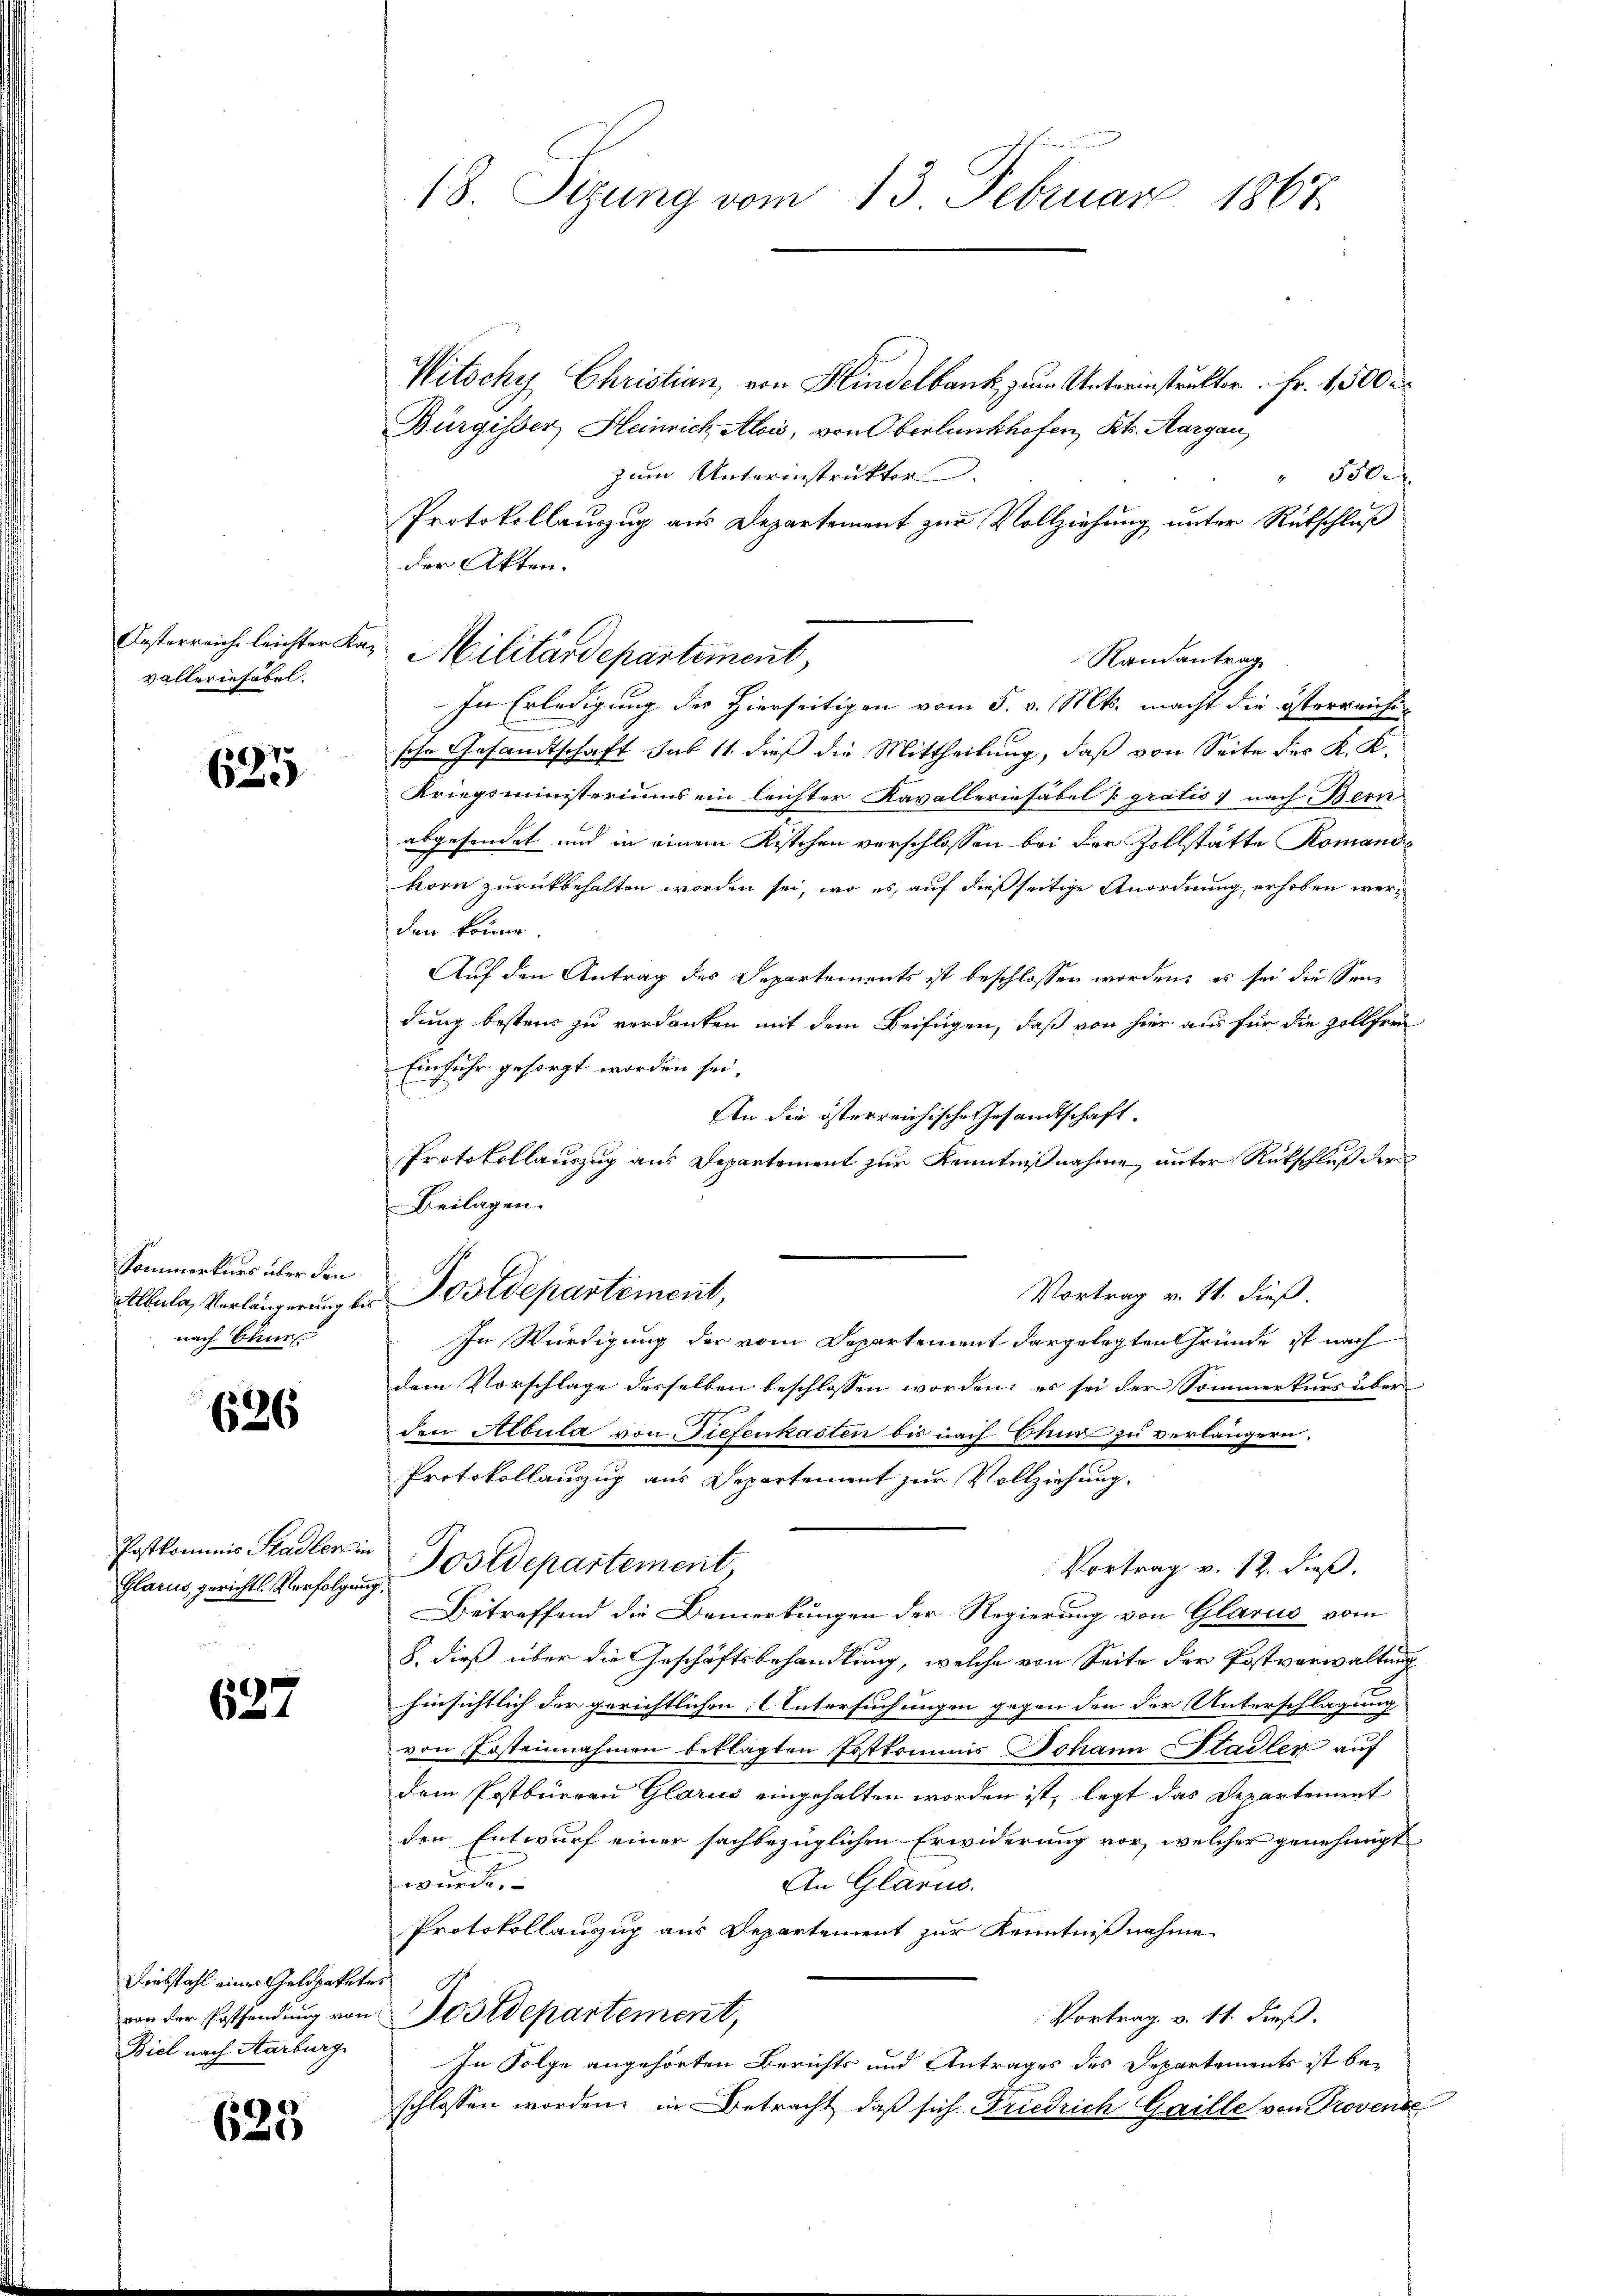
Oesterreich leichter Kavallerinfabel.

e
623

Sommerkurs über den
Albula, Verlängerung be
nach Ihnen

626

Postkommnis Stadlern
Glarus, gerichts Verfolgung

627

Diebstahl eines Geldpakete
von der Postsendung von
Biel nach Aarburg

625

18. Sizung vom 13. Februar 1867

Witschy Christian, von Hindelbank zum Unterinstruktor. Fr. 1,500 r
Bürgisser, Heinrich Alois, von Oberlankhofen, Kts. Aargau,
zum Unterinstrukter
" 5500
Protokollauszug aus Departement zur Vollziehung unter Rutschluß
der Akten.
Randantrag
In Erledigung des Hierseitigen vom 5. v. Mts. macht die österreiche
sche Gesandtschaft sub 11. dieß die Mittheilung, daß von Seite des K. K.
Kriegsministeriums ein leichter Kavalleriesäbel gratis nach Bern
abgesendet und in einem Kistchen verschlossen bei der Zollstätte Romanokorn zurückbehalten worden sei, wo es, auf dießseitige Anordnung, erhoben werden könne.
Auf den Antrag des Separtements ist beschlossen worden, es sei die Sendung bestens zu verdanken mit dem Beifügen, daß von hier aus für die Zollfrei
Einfuhr gesorgt worden sei.
An die österreichische Gesandtschaft.
Protokollauszug aus Departement zur Kenntnißnahme, unter Rückschluß der
Beilagen.
Postdepartement,
Vortrag v. 11. dieß.
In Würdigung der vom Departement dargelegten Gründe ist nach
dem Vorschlage desselben beschlossen worden, es sei der Sommerkurs über
den Albula von Tiefenkasten bis nach Chur zu verlängern,
Protokollauszug aus Departement zur Vollziehung.
Postdepartement,
Vortrag v. 12. dieß,
Betreffend die Bemerkungen der Regierung von Glarus vom
8. dieß über die Geschäftsbehandlung, welche von Seite der Postverwaltung
hinsichtlich der gerichtlichen: Untersuchungen gegen den der Unterschlagung
von Posteinnahmen beklagten Erstkommis Johann Stadler auf
dem Postbüreau Glarus eingehalten worden ist, legt das Departement
den Entwurf einer sachbezüglichen Erwiderung vor, welcher genehmigt
wurde.
An Glarus.
Protokollauszug aus Departement zur Kenntnißnahme
ostdepartement,
Vortrag v. 11. dieß.
In Folge angehörten Berichts und Antrages des Departements ist beschlossen worden, in Betracht, daß sich Friedrich Gaille von Provense

Militärdepartement,